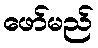
ဖော်မည်